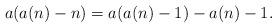
LaTeX: \begin{align*}a(a(n)-n)=a(a(n)-1)-a(n)-1.\end{align*}